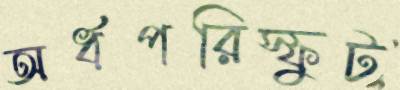
অর্ধপরিস্ফুট